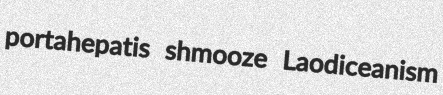
portahepatis shmooze Laodiceanism